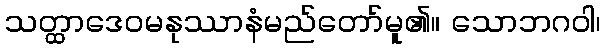
သတ္ထာဒေဝမနုဿာနံမည်တော်မူ၏။ သောဘဂဝါ၊